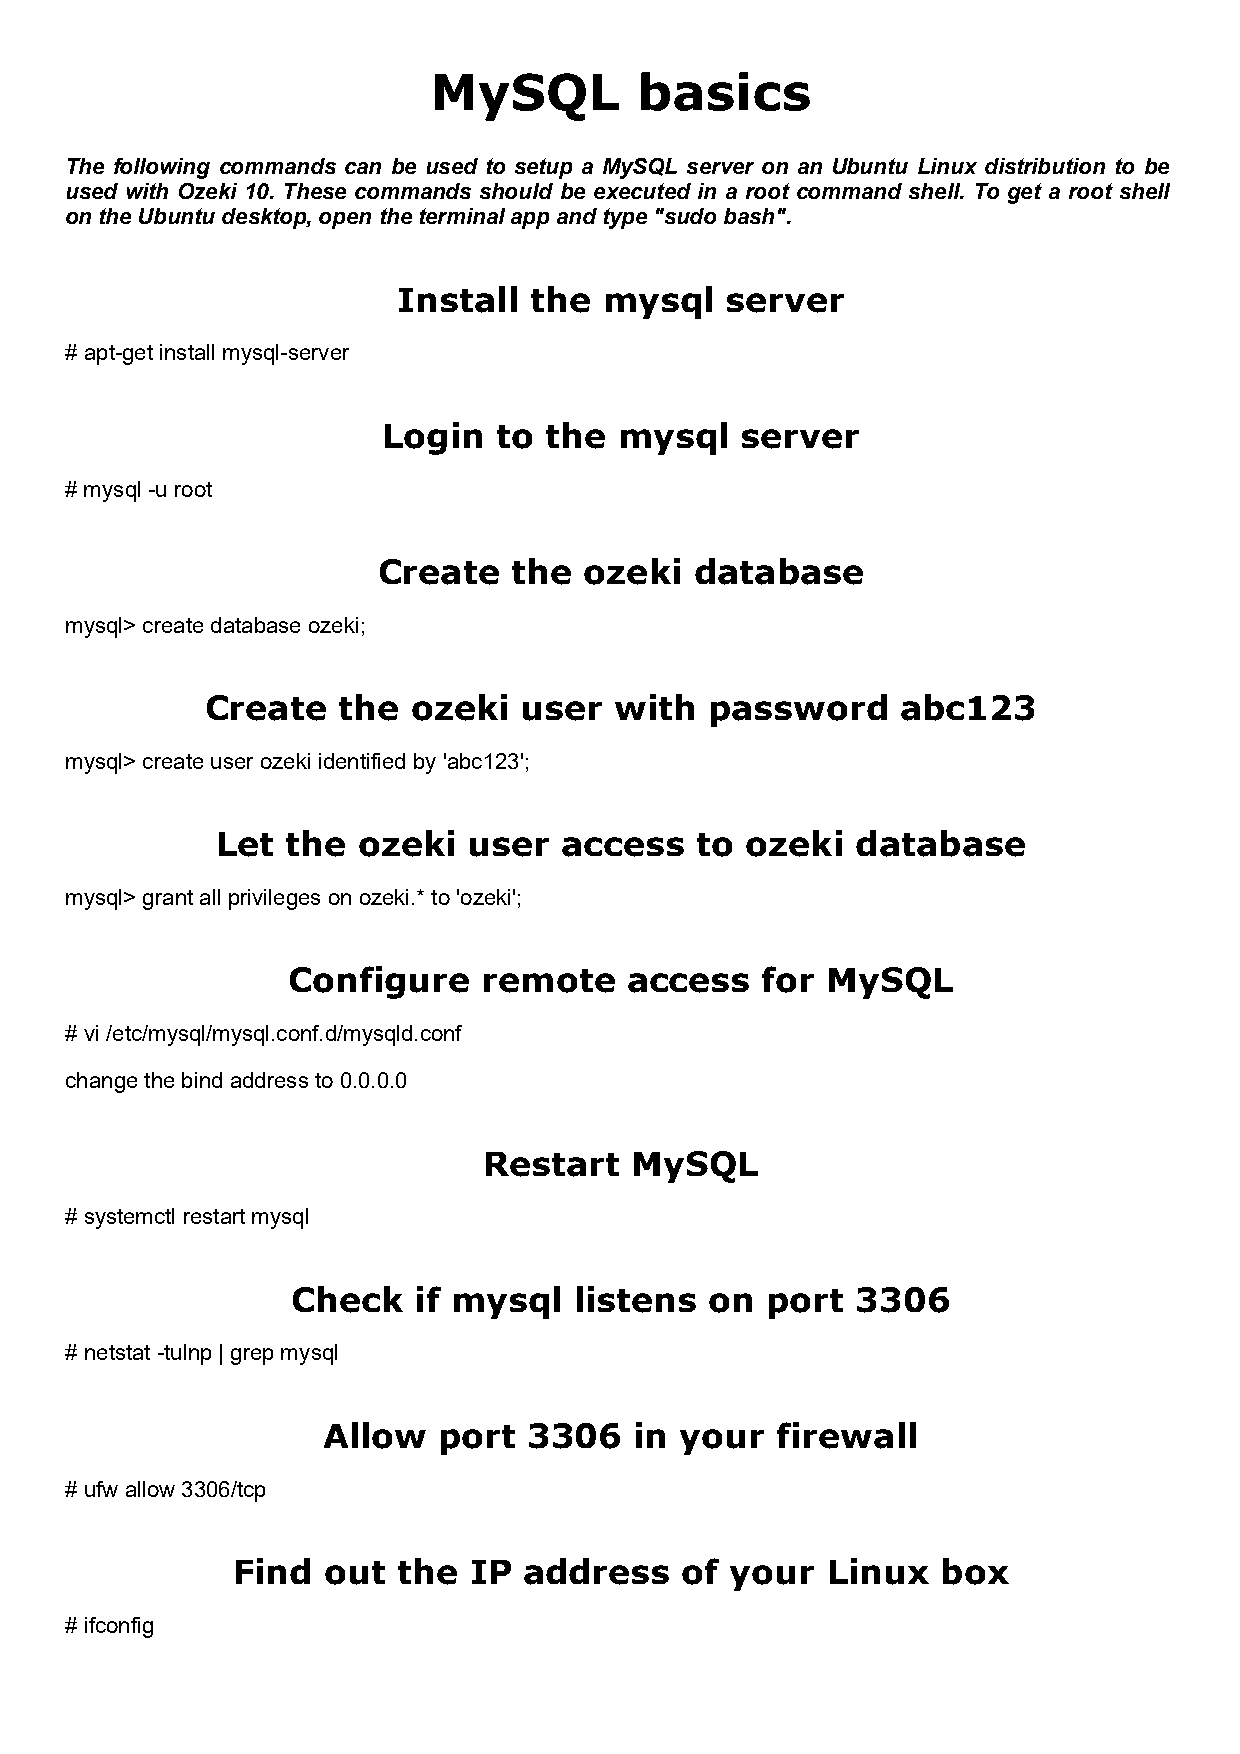
MySQL         basics
 The following commands can be used to setup a MySQL server on an Ubuntu Linux distribution to be
 used with Ozeki 10. These commands should be executed in a root command shell. To get a root shell
 on the Ubuntu desktop, open the terminal app and type "sudo bash".
 Install  the  mysql   server
 # apt-get install mysql-server
 Login   to the  mysql   server
 # mysql -u root
 Create   the  ozeki  database
 mysql> create database ozeki;
 Create  the  ozeki  user   with  password     abc123
 mysql> create user ozeki identified by 'abc123';
 Let  the  ozeki  user  access   to ozeki   database
 mysql> grant all privileges on ozeki.* to 'ozeki';
 Configure    remote    access  for  MySQL
 # vi /etc/mysql/mysql.conf.d/mysqld.conf
 change the bind address to 0.0.0.0
 Restart   MySQL
 # systemctl restart mysql
 Check   if mysql   listens  on  port  3306
 # netstat -tulnp | grep mysql
 Allow   port  3306   in your  firewall
 # ufw allow 3306/tcp
 Find  out  the  IP  address   of your   Linux  box
 # ifconfig